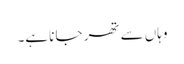
وہاں سے تھر جا نا ہے۔